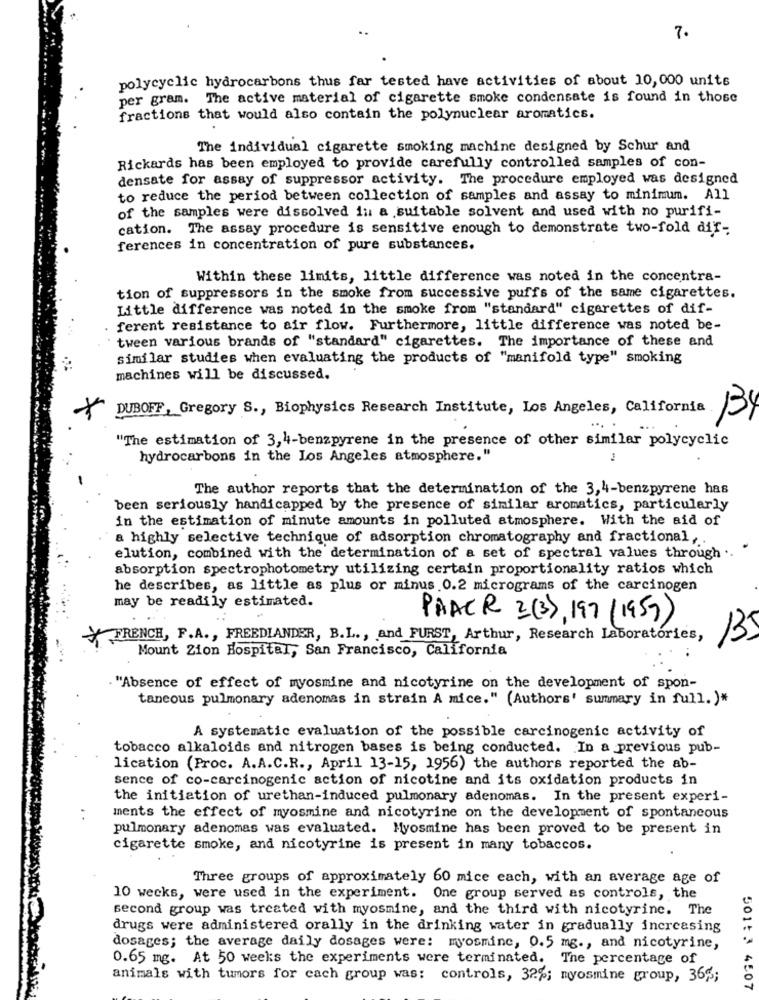
7.
polycyclic hydrocarbons thus far tested have activities of about 10,000 units
per gram. The active material of cigarette smoke condensate is found in those
fractions that would also contain the polynuclear aromatics.
The individual cigarette smoking machine designed by Schur and
Rickards has been employed to provide carefully controlled samples of con-
densate for assay of suppressor activity. The procedure employed was designed
to reduce the period between collection of samples and assay to minimum. All
of the samples were dissolved in a suitable solvent and used with no purifi-
cation. The assay procedure is sensitive enough to demonstrate two-fold dif-
ferences in concentration of pure substances.
Within these limits, little difference was noted in the concentra-
tion of suppressors in the smoke from successive puffs of the same cigarettes.
Little difference was noted in the smoke from "standard" cigarettes of dif-
. ferent resistance to air flow. Furthermore, little difference was noted be-
tween various brands of "standard" cigarettes. The importance of these and
similar studies when evaluating the products of "manifold type" smoking
machines will be discussed.
DUBOFF, Gregory S ., Biophysics Research Institute, Los Angeles, California
...
"The estimation of 3, 4-benzpyrene in the presence of other similar polycyclic
hydrocarbons in the Los Angeles atmosphere."
The author reports that the determination of the 3,4-benzpyrene has
been seriously handicapped by the presence of similar aromatics, particularly
in the estimation of minute amounts in polluted atmosphere. With the aid of
a highly selective technique of adsorption chromatography and fractional ,.
elution, combined with the determination of a set of spectral values through .
absorption spectrophotometry utilizing certain proportionality ratios which
he describes, as little as plus or minus .0.2 micrograms of the carcinogen
may be readily estimated.
PHACR 2(3), 197/1959)
FRENCH, F.A ., FREEDLANDER, B.L ., and FURST, Arthur, Research Laboratories,
135
Mount Zion Hospital, San Francisco, California
"Absence of effect of myosmine and nicotyrine on the development of spon-
taneous pulmonary adenomas in strain A mice." (Authors' summary in full. )*
A systematic evaluation of the possible carcinogenic activity of
tobacco alkaloids and nitrogen bases is being conducted. In a previous pub-
lication (Proc. A.A.C.R ., April 13-15, 1956) the authors reported the ab-
sence of co-carcinogenic action of nicotine and its oxidation products in
the initiation of urethan-induced pulmonary adenomas. In the present experi-
..
ments the effect of myosmine and nicotyrine on the development of spontaneous
pulmonary adenomas was evaluated. Myosmine has been proved to be present in
cigarette smoke, and nicotyrine is present in many tobaccos.
Three groups of approximately 60 mice each, with an average age of
10 weeks, were used in the experiment. One group served as controls, the
second group was treated with myosmine, and the third with nicotyrinc. The
drugs were administered orally in the drinking water in gradually increasing
dosages; the average daily dosages were: myosmine, 0.5 mg ., and nicotyrine,
0.65 mg. At 50 weeks the experiments were terminated. The percentage of
animals with tumors for each group was: controls, 32%; myosmine group, 36%;
50153 4507